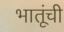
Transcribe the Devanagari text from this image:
भातूंची